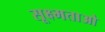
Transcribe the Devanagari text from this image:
सूक्ष्मताओ